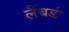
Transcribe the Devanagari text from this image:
लैंबर्ड